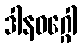
ဒါနဝဂ္ဂေါ